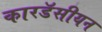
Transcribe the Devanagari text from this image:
कारडॅसीयन